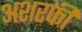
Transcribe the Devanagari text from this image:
अशरफी